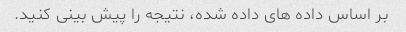
بر اساس داده های داده شده، نتیجه را پیش بینی کنید.